Annual report on the mental hospital in the Central Provinces and Berar (Nagpur) - 1927-1951
Year: 1927
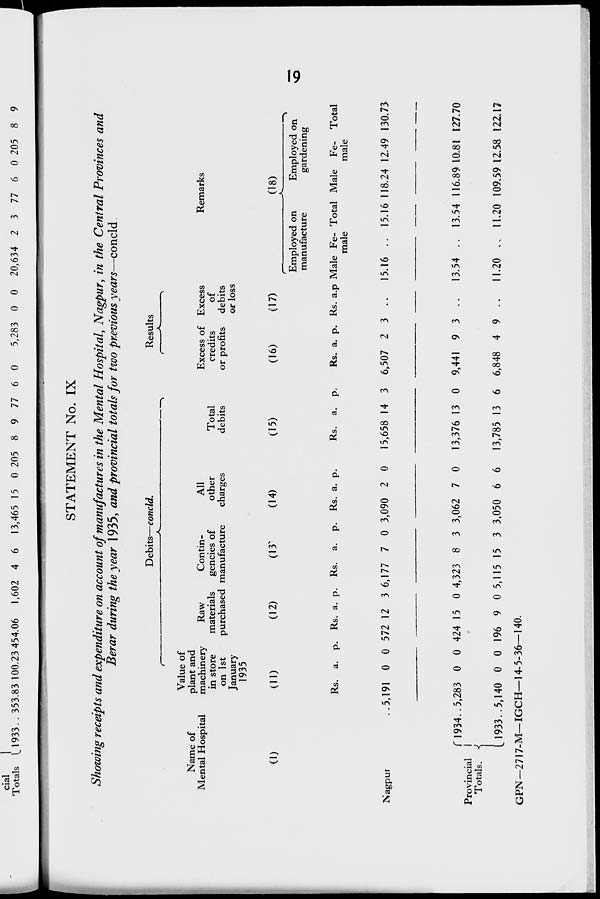
19
STATEMENT No. IX
Showing receipts and expenditure on account of manufactures in the Mental Hospital, Nagpur, in the Central Provinces and
Berar during the year 1935, and provincial totals for two previous years—concld
Name of
Mental Hospital
(1)
Nagpur ..
Provincial
Totals.
1934 ..
1933 ..
Debits—concld.
Value of
plant and
machinery
in store
on 1st
January
1935
(11)
Rs.
5,191
5,283
5,140
a.
0
0
0
p.
0
0
0
Raw
materials
purchased
(12)
Rs.
572
424
196
a.
12
15
9
p.
3
0
0
Contin-
gencies of
manufacture
(13)
Rs.
6,177
4,323
5,115
a.
7
8
15
p.
0
3
3
All
other
charges
(14)
Rs.
3,090
3,062
3,050
a.
2
7
6
p.
0
0
6
Total
debits
(15)
Rs.
15,658
13,376
13,785
a.
14
13
13
p.
3
0
6
Results
Excess of
credits
or profits
(16)
Rs.
6,507
9,441
6,848
a.
2
9
4
p.
3
3
9
Excess
of
debits
or loss
(17)
Rs. a. p.
..
..
..
Remarks
(18)
Employed on
manufacture
Male
15.16
13.54
11.20
Fe-
male
..
..
..
Total
15.16
13.54
11.20
Employed on
gardening
Male
118.24
116.89
109.59
Fe-
male
12.49
10.81
12.58
Total
130.73
127.70
122.17
GPN-2717-M—IGCH—14-5-36—140.